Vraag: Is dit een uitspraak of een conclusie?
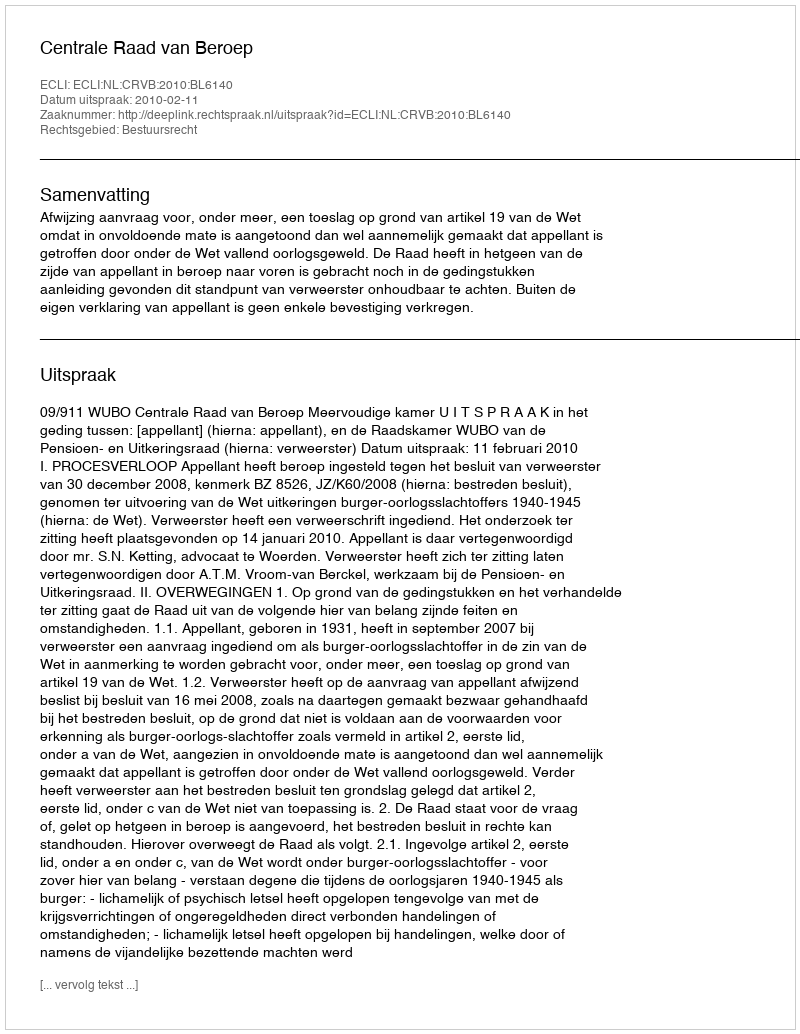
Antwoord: Uitspraak